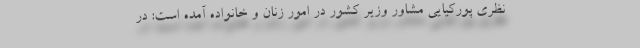
نظری پورکیایی مشاور وزیر کشور در امور زنان و خانواده آمده است: در